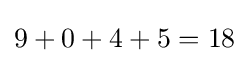
9+0+4+5=18